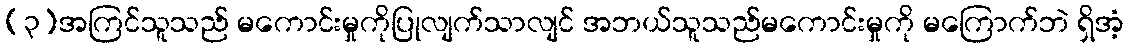
(၃)အကြင်သူသည် မကောင်းမှုကိုပြုလျက်သာလျင် အဘယ်သူသည်မကောင်းမှုကို မကြောက်ဘဲ ရှိအံ့